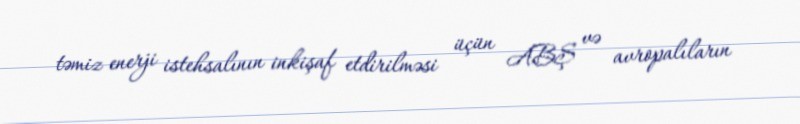
təmiz enerji istehsalının inkişaf etdirilməsi üçün ABŞ və avropalıların